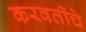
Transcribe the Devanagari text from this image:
करवतींचे